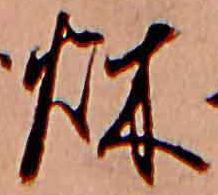
秋